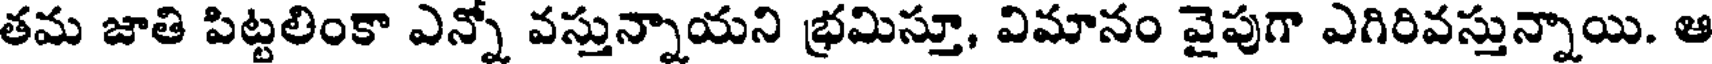
తమ జాతి పిట్టలింకా ఎన్నో వస్తున్నాయని భ్రమిస్తూ, విమానం వైపుగా ఎగిరివస్తున్నాయి. ఆ